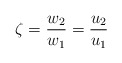
\begin{align*}\zeta =\frac{w_{2}}{w_{1}} =\frac{u_{2}}{u_{1}}\end{align*}